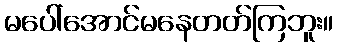
မပေါ်အောင်မနေတတ်ကြဘူး။